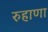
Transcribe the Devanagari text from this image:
रुहाणा